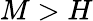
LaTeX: M>H